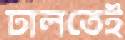
ঢালতেই